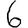
Digit: 6